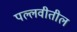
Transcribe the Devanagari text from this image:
पल्लवीतील